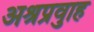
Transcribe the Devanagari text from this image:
अश्रुप्रवाह